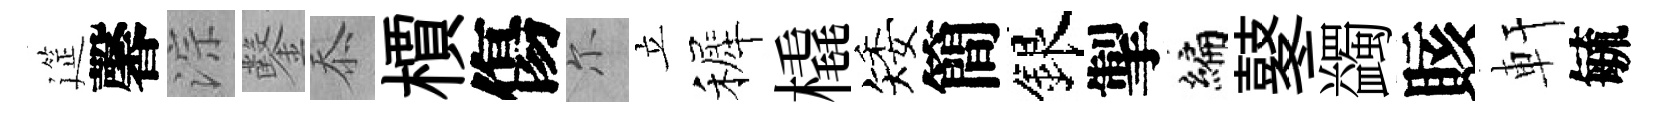
筵馨淙鑿忝檟傷尓立裤橇矮簡銀掣编鼕蠲賅軒毓